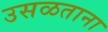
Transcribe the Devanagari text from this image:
उसळताना